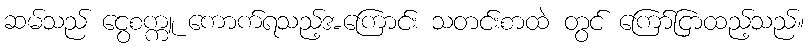
ဆမ်သည် ငွေစက္ကူ ကောက်ရသည့်အကြောင်း သတင်းစာထဲ တွင် ကြော်ငြာထည့်သည်။